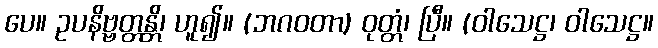
ပေ။ ဥပနိဗ္ဗတ္တန္တိ၊ ဟူ၍။ (ဘဂဝတာ) ဝုတ္တံ၊ ပြီ။ (ဝါသေဋ္ဌ၊ ဝါသေဋ္ဌ။